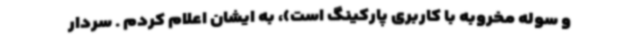
و سوله مخروبه با کاربری پارکینگ است)، به ایشان اعلام کردم . سردار